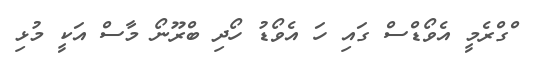
ްގްރެމީ އެވޯޑްސް ގައި ހަ އެވޯޑު ހޯދި ބްރޫނޯ މާސް އަކީ މުޅި